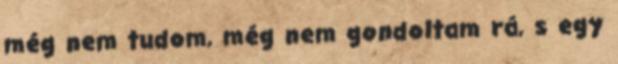
még nem tudom, még nem gondoltam rá, s egy